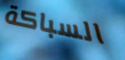
السباكة